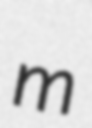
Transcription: m